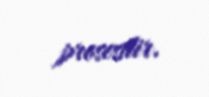
prosesdir.